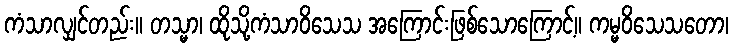
ကံသာလျှင်တည်း။ တသ္မာ၊ ထိုသို့ကံသာဝိသေသ အကြောင်းဖြစ်သောကြောင့်။ ကမ္မဝိသေသတော၊